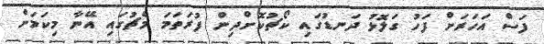
ފަސް އަހަރަށް ފަހު ގަލޮޅު ދަނޑުގައި ކޯޗުކޮށްދިން ފުރަތަމަ މެޗުގައި އޭނާ މިކަމަށް